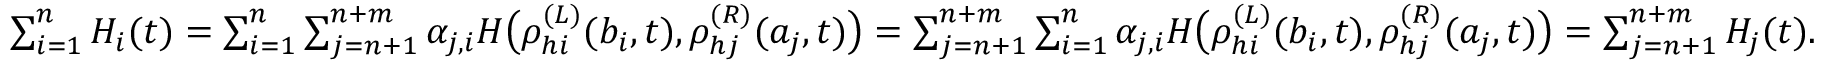
\begin{array} { r } { \sum _ { i = 1 } ^ { n } H _ { i } ( t ) = \sum _ { i = 1 } ^ { n } \sum _ { j = n + 1 } ^ { n + m } \alpha _ { j , i } H \big ( \rho _ { h i } ^ { ( L ) } ( b _ { i } , t ) , \rho _ { h j } ^ { ( R ) } ( a _ { j } , t ) \big ) = \sum _ { j = n + 1 } ^ { n + m } \sum _ { i = 1 } ^ { n } \alpha _ { j , i } H \big ( \rho _ { h i } ^ { ( L ) } ( b _ { i } , t ) , \rho _ { h j } ^ { ( R ) } ( a _ { j } , t ) \big ) = \sum _ { j = n + 1 } ^ { n + m } H _ { j } ( t ) . } \end{array}